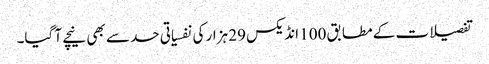
تفصیلات کے مطابق 100 انڈیکس 29 ہزار کی نفسیاتی حد سے بھی نیچے آ گیا۔